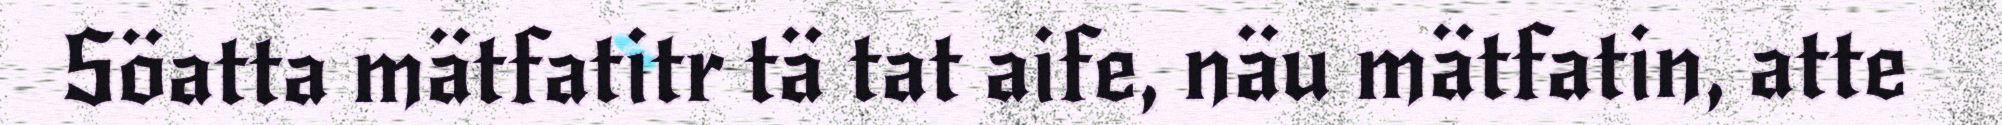
Söatta mätfatitr tä tat aife, näu mätfatin, atte